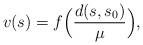
LaTeX: \begin{align*} v(s)= f\Big(\dfrac{d(s,s_0)}{\mu}\Big),\end{align*}